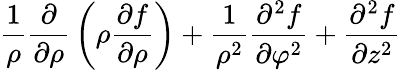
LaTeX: {\frac{1}{\rho}}{\frac{\partial}{\partial\rho}}\left(\rho{\frac{\partial f}{\partial\rho}}\right)+{\frac{1}{\rho^{2}}}{\frac{\partial^{2}f}{\partial\varphi^{2}}}+{\frac{\partial^{2}f}{\partial z^{2}}}